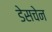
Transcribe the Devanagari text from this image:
डेसचेन